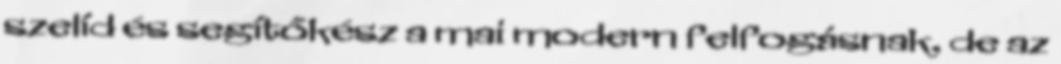
szelíd és segítőkész a mai modern felfogásnak, de az